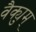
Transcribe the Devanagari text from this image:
वैक्युम्